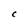
Character: C